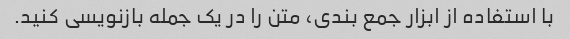
با استفاده از ابزار جمع بندی، متن را در یک جمله بازنویسی کنید.